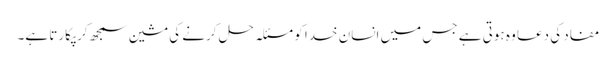
مفاد کی دعا وہ ہوتی ہے جس میں انسان خدا کو مسئلہ حل کرنے کی مشین سمجھ کر پکارتا ہے۔